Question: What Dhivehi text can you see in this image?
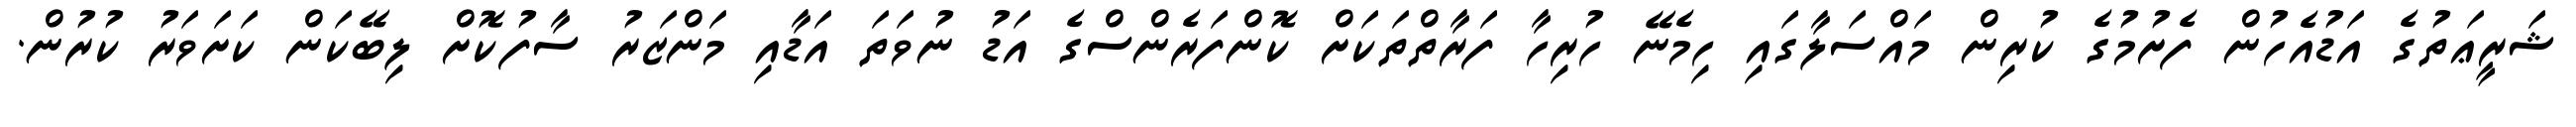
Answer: ޝަރީޢަތުގެ އަޑުއެހުން ފެށުމުގެ ކުރިން މައްސަލާގައި ހިމެނޭ ހުރިހާ ފަރާތްތަކަށް ކޮންފަރެންސްގެ އަޑު ނުވަތަ އަޑާއި މަންޒަރު ސާފުކޮށް ލިބޭކަން ކަށަވަރު ކުރުން.